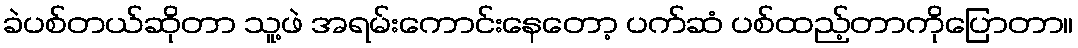
ခဲပစ်တယ်ဆိုတာ သူ့ဖဲ အရမ်းကောင်းနေတော့ ပက်ဆံ ပစ်ထည့်တာကိုပြောတာ။